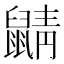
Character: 鼱